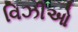
વિઝીઓ